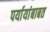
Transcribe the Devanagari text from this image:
पर्यायांबाबत